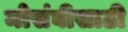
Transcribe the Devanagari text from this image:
मोसंबीसाठी